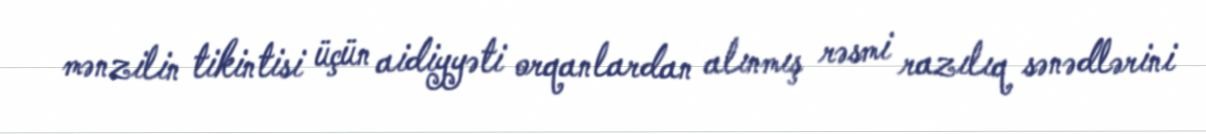
mənzilin tikintisi üçün aidiyyəti orqanlardan alınmış rəsmi razılıq sənədlərini